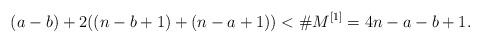
LaTeX: \begin{align*} (a-b)+2((n-b+1)+(n-a+1)) < \#M^{[1]} = 4n-a-b+1.\end{align*}